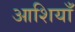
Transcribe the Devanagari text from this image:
आशियाँ